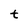
Character: t